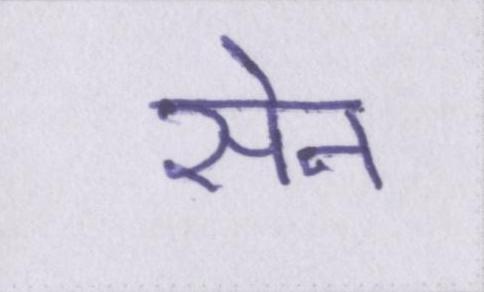
सेन